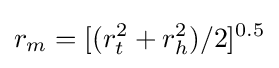
r_{m}=[(r_{t}^{2}+r_{h}^{2})/2]^{0.5}